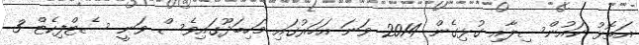
އަތޮޅު ކައުންސިލާއި ގުޅިގެން 2014 ވަނަ އަހަރުގައި މަހިބަދޫގައިވެސް ވަނީ ސެޓްފިކެޓް 3